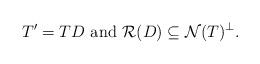
LaTeX: \begin{align*}T^\prime=TD\ \mbox{and}\ {\mathcal R}(D)\subseteq {\mathcal N}(T)^\bot.\end{align*}